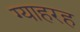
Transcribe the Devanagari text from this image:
ग्याहरह